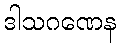
ဒါသဂဏေန